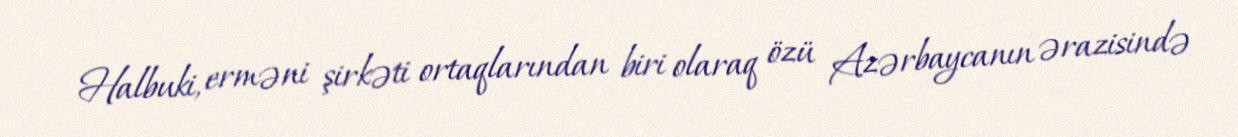
Halbuki, erməni şirkəti ortaqlarından biri olaraq özü Azərbaycanın ərazisində